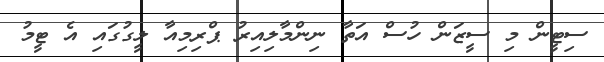
ސިޓީން މި ސީޒަން ހުސް އަތާ ނިންމާލިއިރު ޕްރިމިއާ ލީގުގައި އެ ޓީމު